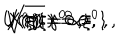
U ( \xi ) = 0 \, , \hspace { 1 c m } V ( \xi ) = \alpha \, \xi ^ { 0 } \, , \hspace { 1 c m } X ^ { a } ( \xi ) = 0 \, , \hspace { 1 c m } \sqrt { | \gamma | } \, \gamma ^ { 0 0 } = 1 \, ,